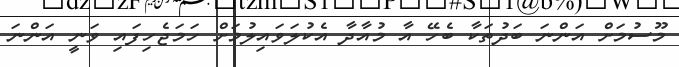
މޫސުމަށް އަންނަ ބަދުތަކާ ބެހޭ އާ މުއާދާ އެކުލަވައިލުމަށް ހަމަޖެހިފައި ވަނީ އަންނަ